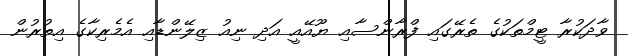
ވާދަކުރާ ޓީމްތަކުގެ ތެރޭގައި ފްރާންސާއި ޔޫއޭއީ އަދި ނިއު ޒިލޭންޑާއި އެމެރިކާގެ އިތުރުން